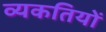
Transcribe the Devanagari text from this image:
व्यकतियों